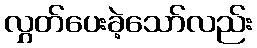
လွှတ်ပေးခဲ့သော်လည်း